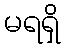
မရရှိ